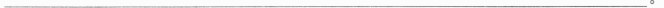
___。